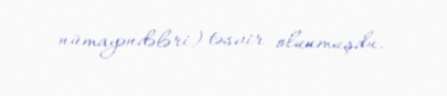
nümayəndələri) təsvir olunmuşdu.